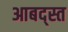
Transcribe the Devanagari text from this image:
आबद्स्त